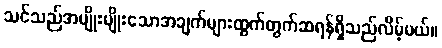
သင်သည်အမျိုးမျိုးသောအချက်များထွက်တွက်ဆရန်ရှိသည်လိမ့်မယ်။